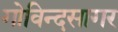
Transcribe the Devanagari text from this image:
गोविन्दसागर